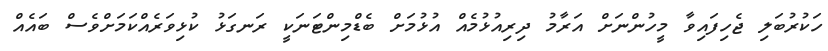
ހަކުރުބަލި ޖެހިފައިވާ މީހުންނަށް އަރާމު ދިރިއުޅުމެއް އުޅުމަށް ބެޑްމިންޓަނަކީ ރަނގަޅު ކުޅިވަރެއްކަމަށްވެސް ބައެއް